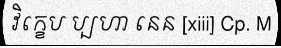
វិក្ខេប ប្បហា នេន [xiii] Cp. M